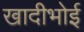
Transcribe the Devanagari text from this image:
खादीभोई